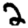
Digit: 2